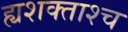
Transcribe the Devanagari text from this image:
ह्यशक्ताश्च